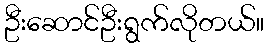
ဦးဆောင်ဦးရွက်လိုတယ်။